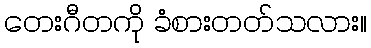
တေးဂီတကို ခံစားတတ်သလား။